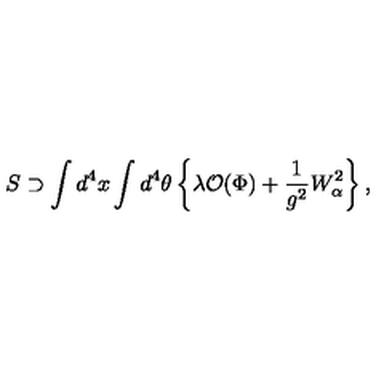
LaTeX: S \supset \int d ^ { 4 } x \int d ^ { 4 } \theta \left\{ \lambda { \cal O } ( \Phi ) + { \frac { 1 } { g ^ { 2 } } } W _ { \alpha } ^ { 2 } \right\} ,